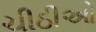
ચીઠીઓ